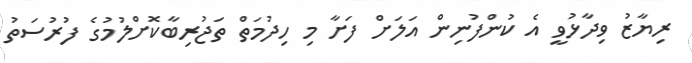
ރިޔާޒު ވިދާޅުވީ އެ ކުންފުނިން އަލަށް ފަށާ މި ހިދުމަތް ތަޖުރިބާކޮށްލުމުގެ ފުރުސަތު